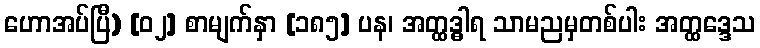
ဟောအပ်ပြီ) [၀၂] စာမျက်နှာ [၁၈၅] ပန၊ အတ္ထဒ္ဓါရ သာမညမှတစ်ပါး အတ္ထဒ္ဒေသ